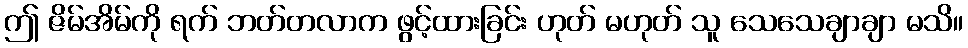
ဤ ဇိမ်အိမ်ကို ရက် ဘတ်တလာက ဖွင့်ထားခြင်း ဟုတ် မဟုတ် သူ သေသေချာချာ မသိ။